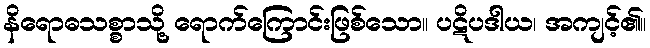
နိရောဓသစ္စာသို့ ရောက်ကြောင်းဖြစ်သော။ ပဋိပဒါယ၊ အကျင့်၏။